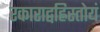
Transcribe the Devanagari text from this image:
रकाराद्वह्निस्तोयं